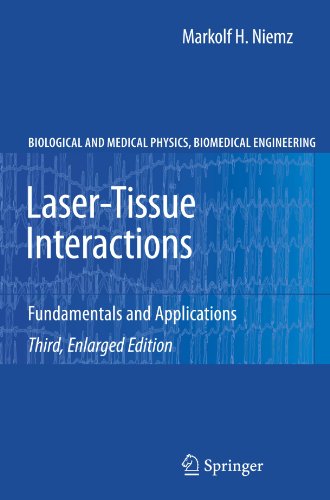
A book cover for Laser-Tissue Interactions: Fundamentals and Applications (Biological and Medical Physics, Biomedical Engineering); Markolf H. Niemz; Medical Books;